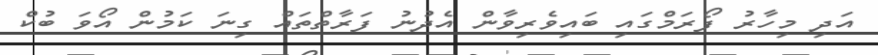
އަދި މިހާރު ފޯރަމްގައި ބައިވެރިވާން އެދުނު ފަރާތްތައް ގިނަ ކަމުން އޯވަ ބުކް